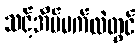
သင့်အိမ်မက်ထဲတွင်